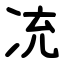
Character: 㓍